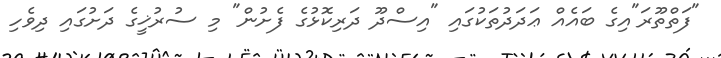
"ފަތްތޫރަ"އިގެ ބައެއް ޢަދަދުތަކުގައި "އިސްދޫ ދަރިކޮޅުގެ ފެށުން" މި ސުރުޚީގެ ދަށުގައި ދިވެހި